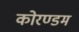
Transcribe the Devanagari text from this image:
कोरण्डम